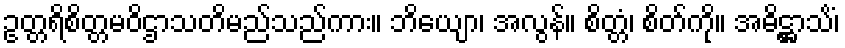
ဥတ္တရိစိတ္တမဝိဌာသတိမည်သည်ကား။ ဘိယျော၊ အလွန်။ စိတ္တံ၊ စိတ်ကို။ အဓိဋ္ဌာသိံ၊